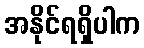
အနိုင်ရရှိပါက